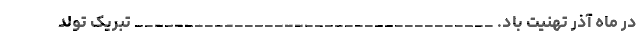
در ماه آذر تهنیت باد. ____________________________________ تبریک تولد